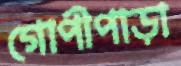
গোপীপাড়া